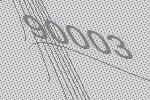
90003